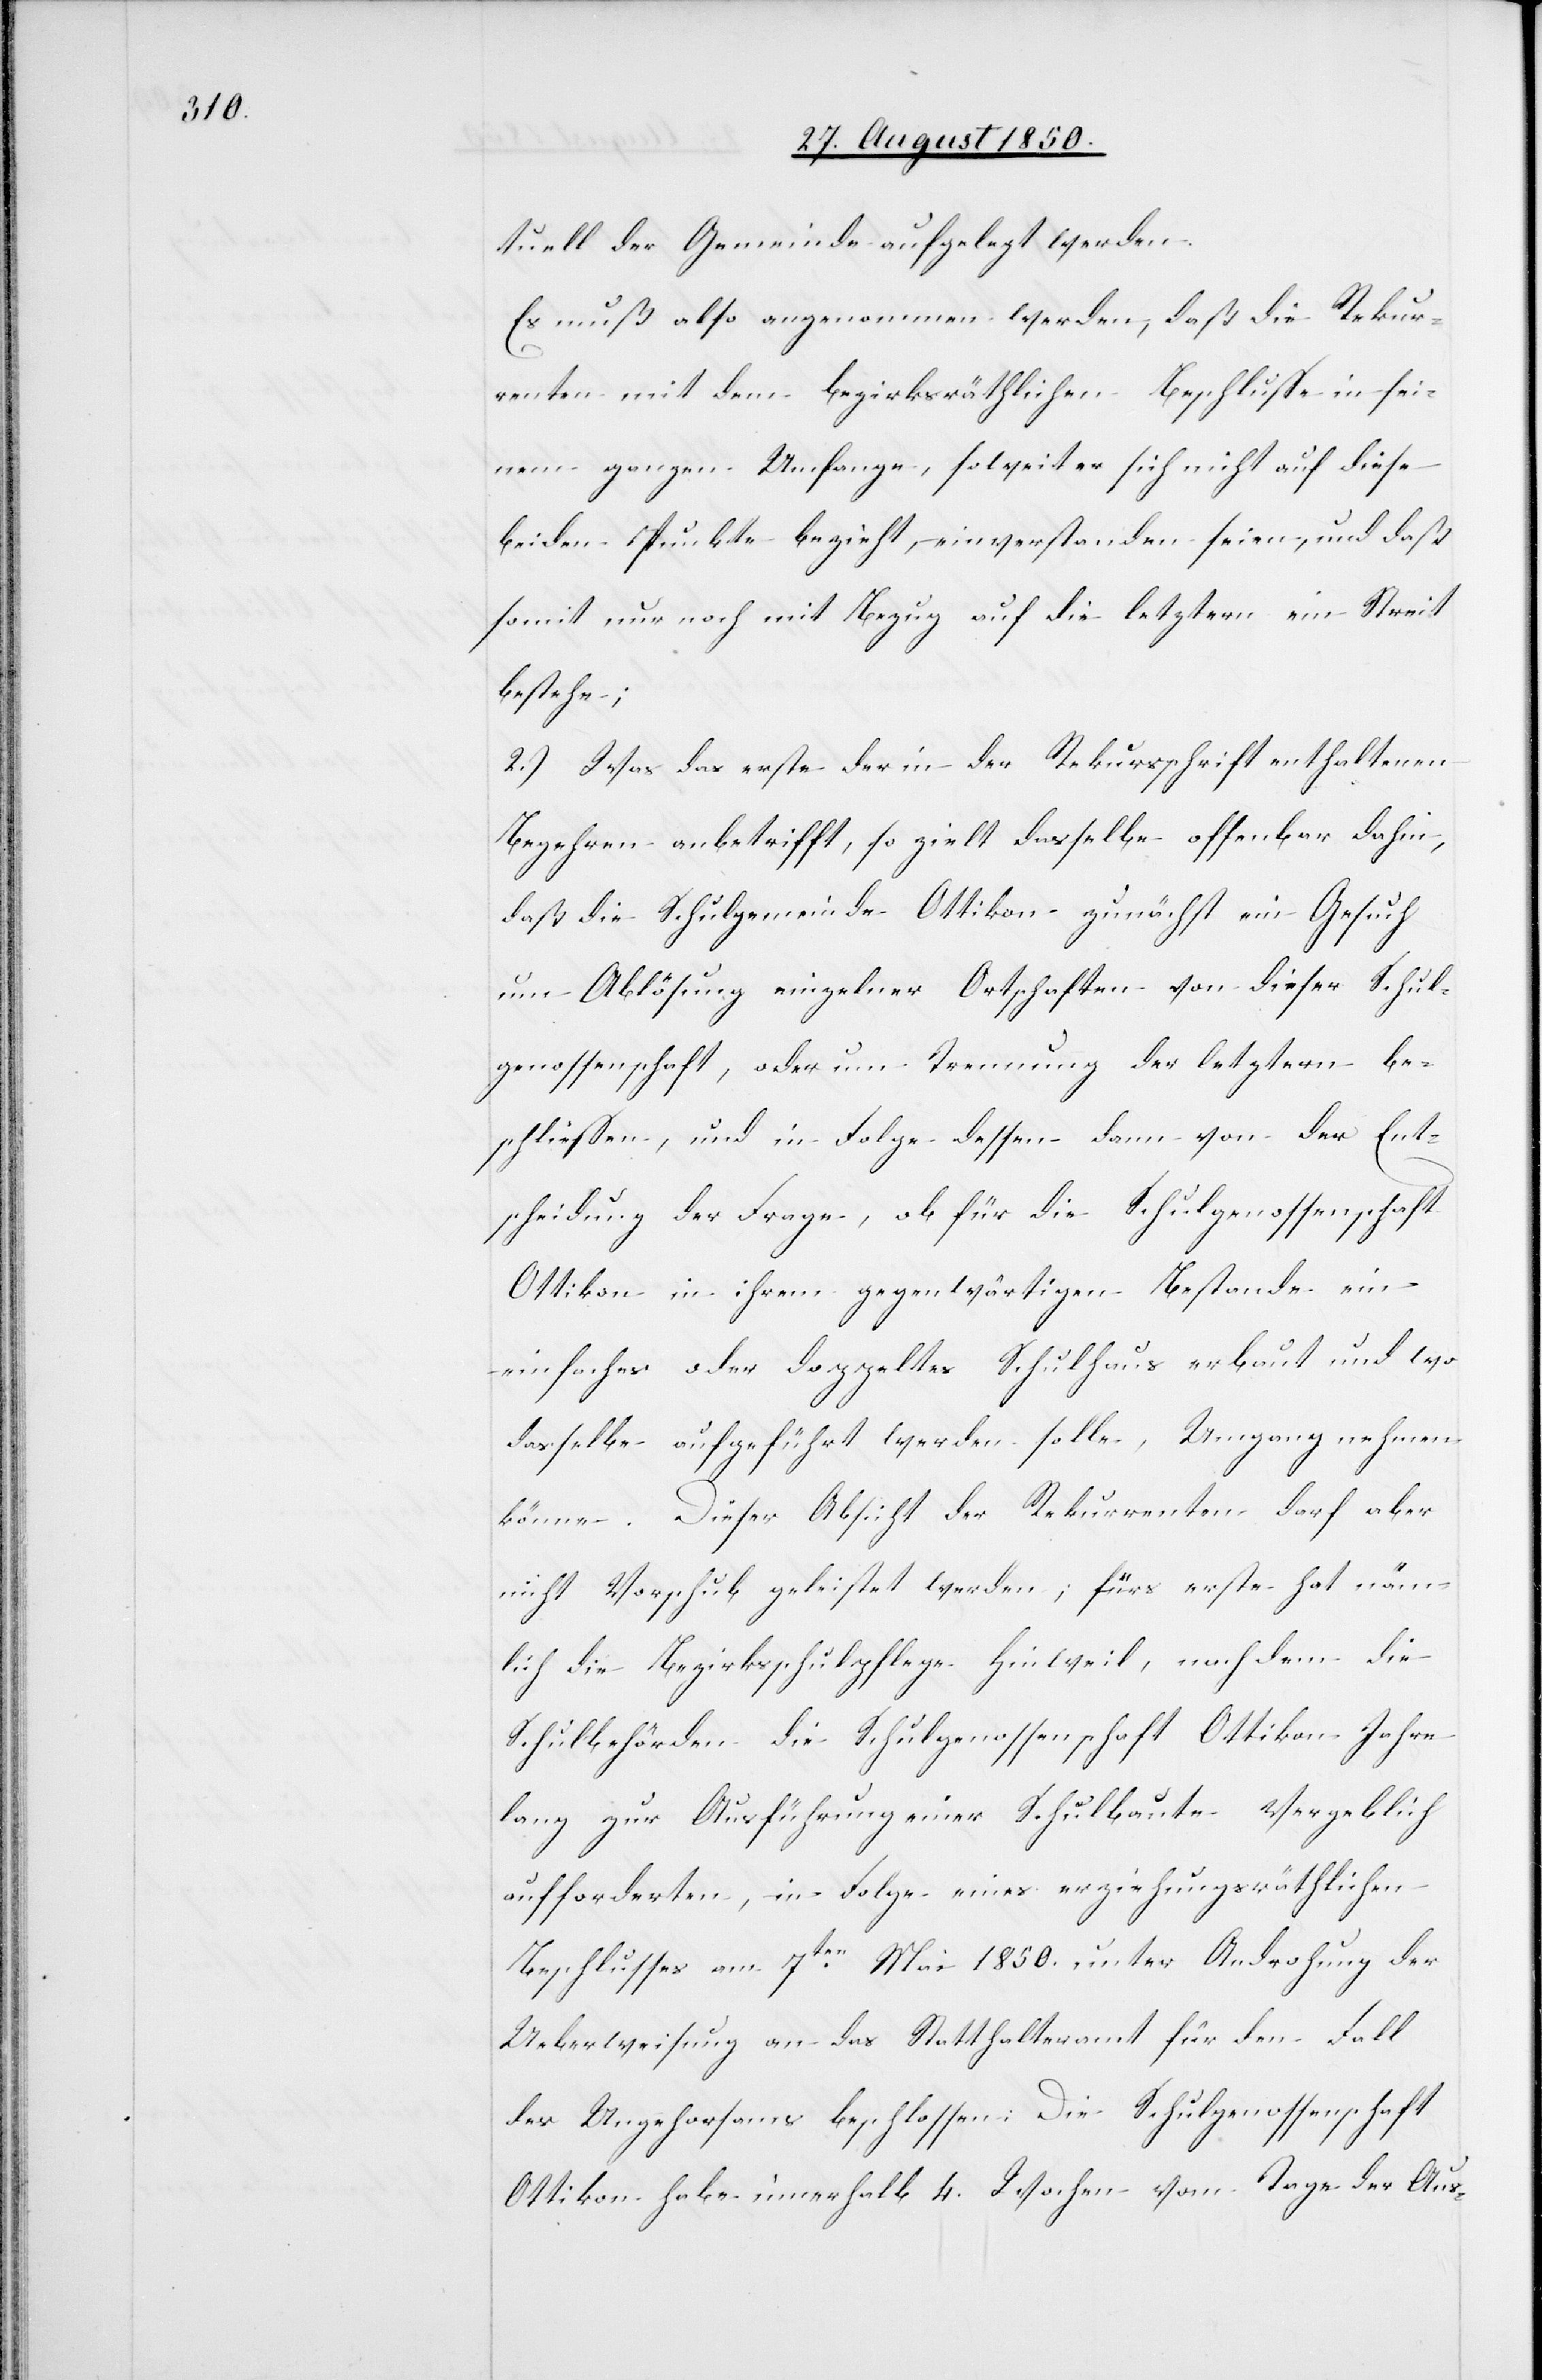
tuell der Gemeinde aufgelegt werden.
Es muß also angenommen werden, daß die Rekur¬
renten mit dem bezirksräthlichen Beschlusse in sei¬
nem ganzen Umfange, soweit er sich nicht auf diese
beiden Punkte bezieht, einverstanden seien, und daß
somit nur noch mit Bezug auf die letztern ein Streit
bestehe;
2.) Was das erste der in der Rekursschrift enthaltenen
Begehren anbetrifft, so zielt dasselbe offenbar dahin,
daß die Schulgemeinde Ottikon zunächst ein Gesuch
um Ablösung einzelner Ortschaften von dieser Schul¬
genossenschaft, oder um Trennung der letztern be¬
schliessen, und in Folge dessen dann von der Ent¬
scheidung der Frage, ob für die Schulgenossenschaft
Ottikon in ihrem gegenwärtigen Bestande ein
einfaches oder doppeltes Schulhaus erbaut und wo
dasselbe aufgeführt werden solle, Umgang nehmen
könne. Dieser Absicht der Rekurrenten darf aber
nicht Vorschub geleistet werden; für erste hat näm¬
lich die Bezirksschulpflege Hinweil, nachdem die
Schulbehörden die Schulgenossenschaft Ottikon Jahre
lang zur Ausführung einer Schulbaute vergeblich
aufforderten, in Folge eines erziehungsräthlichen
Beschlusses am 7ten Mai 1850. unter Androhung der
Ueberweisung an das Statthalteramt für den Fall
des Ungehorsams beschlossen: Die Schulgenossenschaft
Ottikon habe innerhalb 4. Wochen vom Tage der Aus-